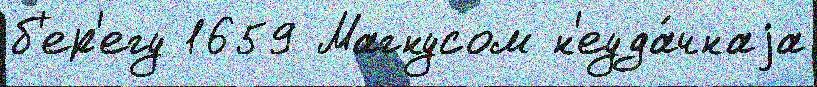
б'ер'егу 1659 Магнусом н'еуда́чнаjа